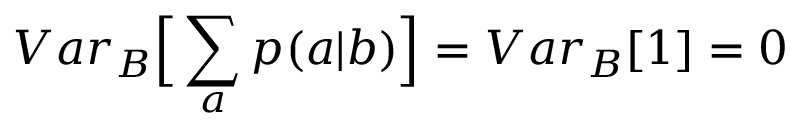
{ V a r } _ { B } \Big [ \sum _ { a } p ( a | b ) \Big ] = { V a r } _ { B } [ 1 ] = 0